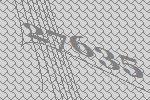
27635